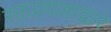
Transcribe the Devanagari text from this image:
रक्तप्रवाहाद्वारे